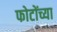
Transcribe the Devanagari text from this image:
फोटोंच्या